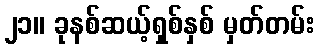
၂၁။ ခုနစ်ဆယ့်ရှစ်နှစ် မှတ်တမ်း